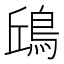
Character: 𩿨